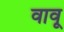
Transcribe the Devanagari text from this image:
वावू